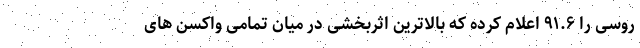
روسی را ۹۱.۶ اعلام کرده که بالاترین اثربخشی در میان تمامی واکسن های